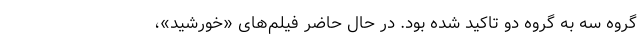
گروه سه به گروه دو تاکید شده بود. در حال حاضر فیلم‌های «خورشید»،